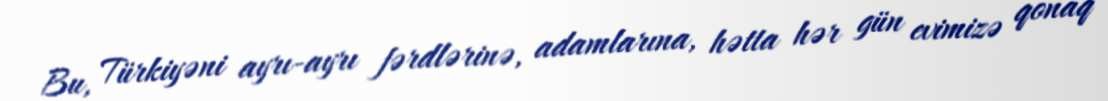
Bu, Türkiyəni ayrı-ayrı fərdlərinə, adamlarına, hətta hər gün evimizə qonaq